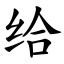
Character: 给